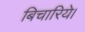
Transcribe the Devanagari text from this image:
बिचारिये।